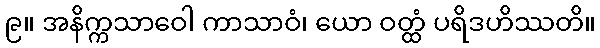
၉။ အနိက္ကသာဝေါ ကာသာဝံ၊ ယော ဝတ္ထံ ပရိဒဟိဿတိ။